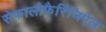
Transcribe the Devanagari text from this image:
सेफालोफैरिंजिऐल